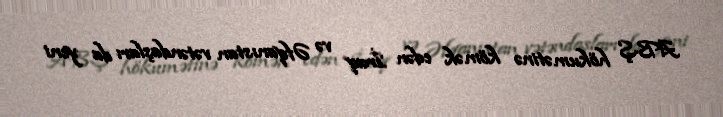
ABŞ hökumətinə kömək edən İraq və Əfqanıstan vətəndaşları da yeni